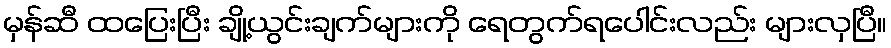
မှန်ဆီ ထပြေးပြီး ချို့ယွင်းချက်များကို ရေတွက်ရပေါင်းလည်း များလှပြီ။